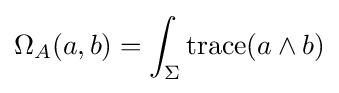
\Omega _{A}(a,b)=\int _{\Sigma }{\text{trace}}(a\wedge b)